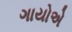
ગાયોએ